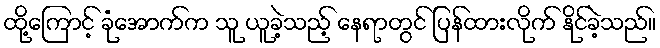
ထို့ကြောင့် ခုံအောက်က သူ ယူခဲ့သည့် နေရာတွင် ပြန်ထားလိုက် နိုင်ခဲ့သည်။